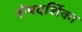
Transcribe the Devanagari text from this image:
रोषदर्शिका